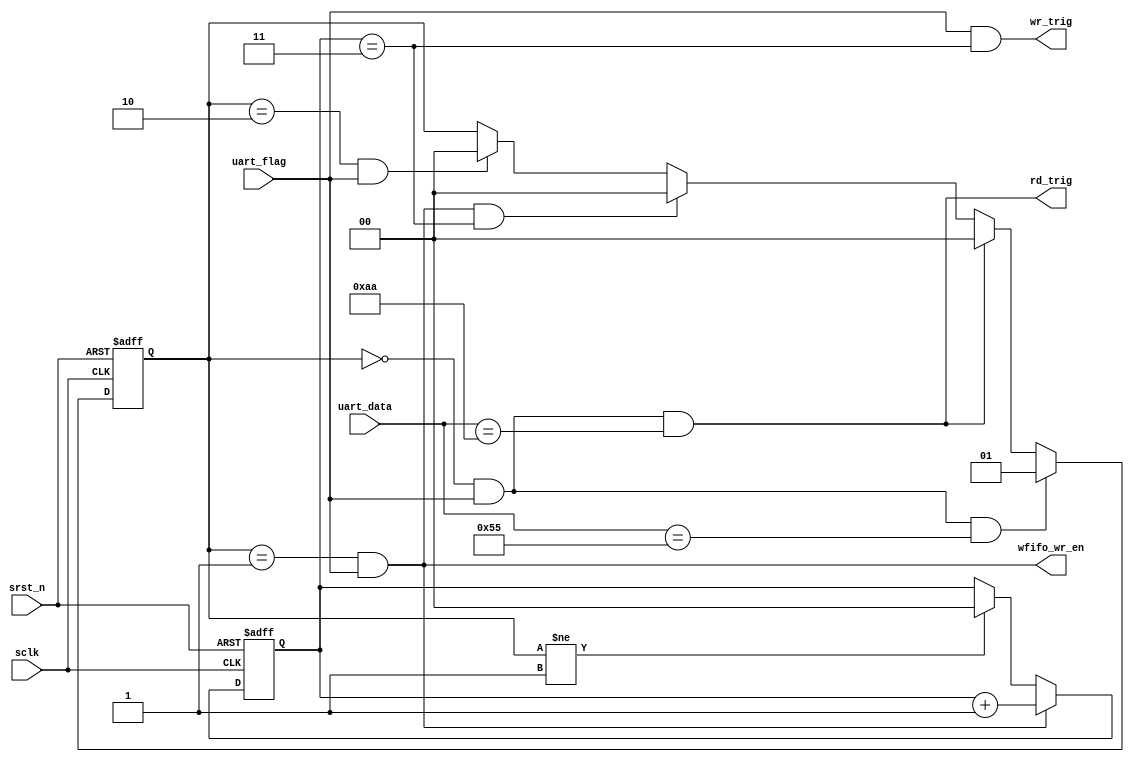
module cmd_decode (
    input                   sclk,
    input                   srst_n,

    input                   uart_flag,
    input       [ 7:0]      uart_data,
    output                  wr_trig,
    output                  rd_trig,
    output                  wfifo_wr_en
);

localparam  CMD_WRITE   =   8'h55;
localparam  CMD_READ    =   8'haa;

localparam  S_NOP       =   0;
localparam  S_WRITE     =   1;
localparam  S_READ      =   2;

reg [ 1:0]              rec_num;
reg [ 1:0]              cmd_reg;


always @(posedge sclk or negedge srst_n) begin
    if(!srst_n)
        rec_num <= 0;
    else if (cmd_reg == S_WRITE && uart_flag)
        rec_num <= rec_num + 'd1;
    else if (cmd_reg != S_WRITE)
        rec_num <= 'd0;
end

always @(posedge sclk or negedge srst_n) begin
    if(!srst_n)
        cmd_reg <= S_NOP;
    else if (cmd_reg == S_NOP && uart_flag && uart_data == CMD_WRITE)
        cmd_reg <= S_WRITE;
    else if (cmd_reg == S_NOP && uart_flag && uart_data == CMD_READ)
        cmd_reg <= S_NOP;
    else if (cmd_reg == S_WRITE && uart_flag && rec_num == 'd3)
        cmd_reg <= S_NOP;
    else if (cmd_reg == S_READ && uart_flag)
        cmd_reg <= S_NOP;
end

assign  wr_trig     =   uart_flag && rec_num == 'd3;
assign  rd_trig     =   uart_flag && cmd_reg == S_NOP && uart_data == CMD_READ;
assign  wfifo_wr_en =   uart_flag && cmd_reg == S_WRITE;

endmodule //cmd_decode